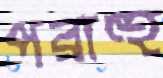
পরাহু